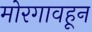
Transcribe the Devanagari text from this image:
मोरगावहून